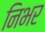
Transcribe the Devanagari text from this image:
निभर